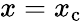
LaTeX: x=x_{\mathrm{c}}